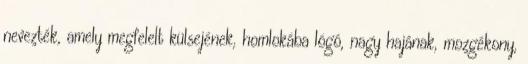
nevezték, amely megfelelt külsejének, homlokába lógó, nagy hajának, mozgékony,